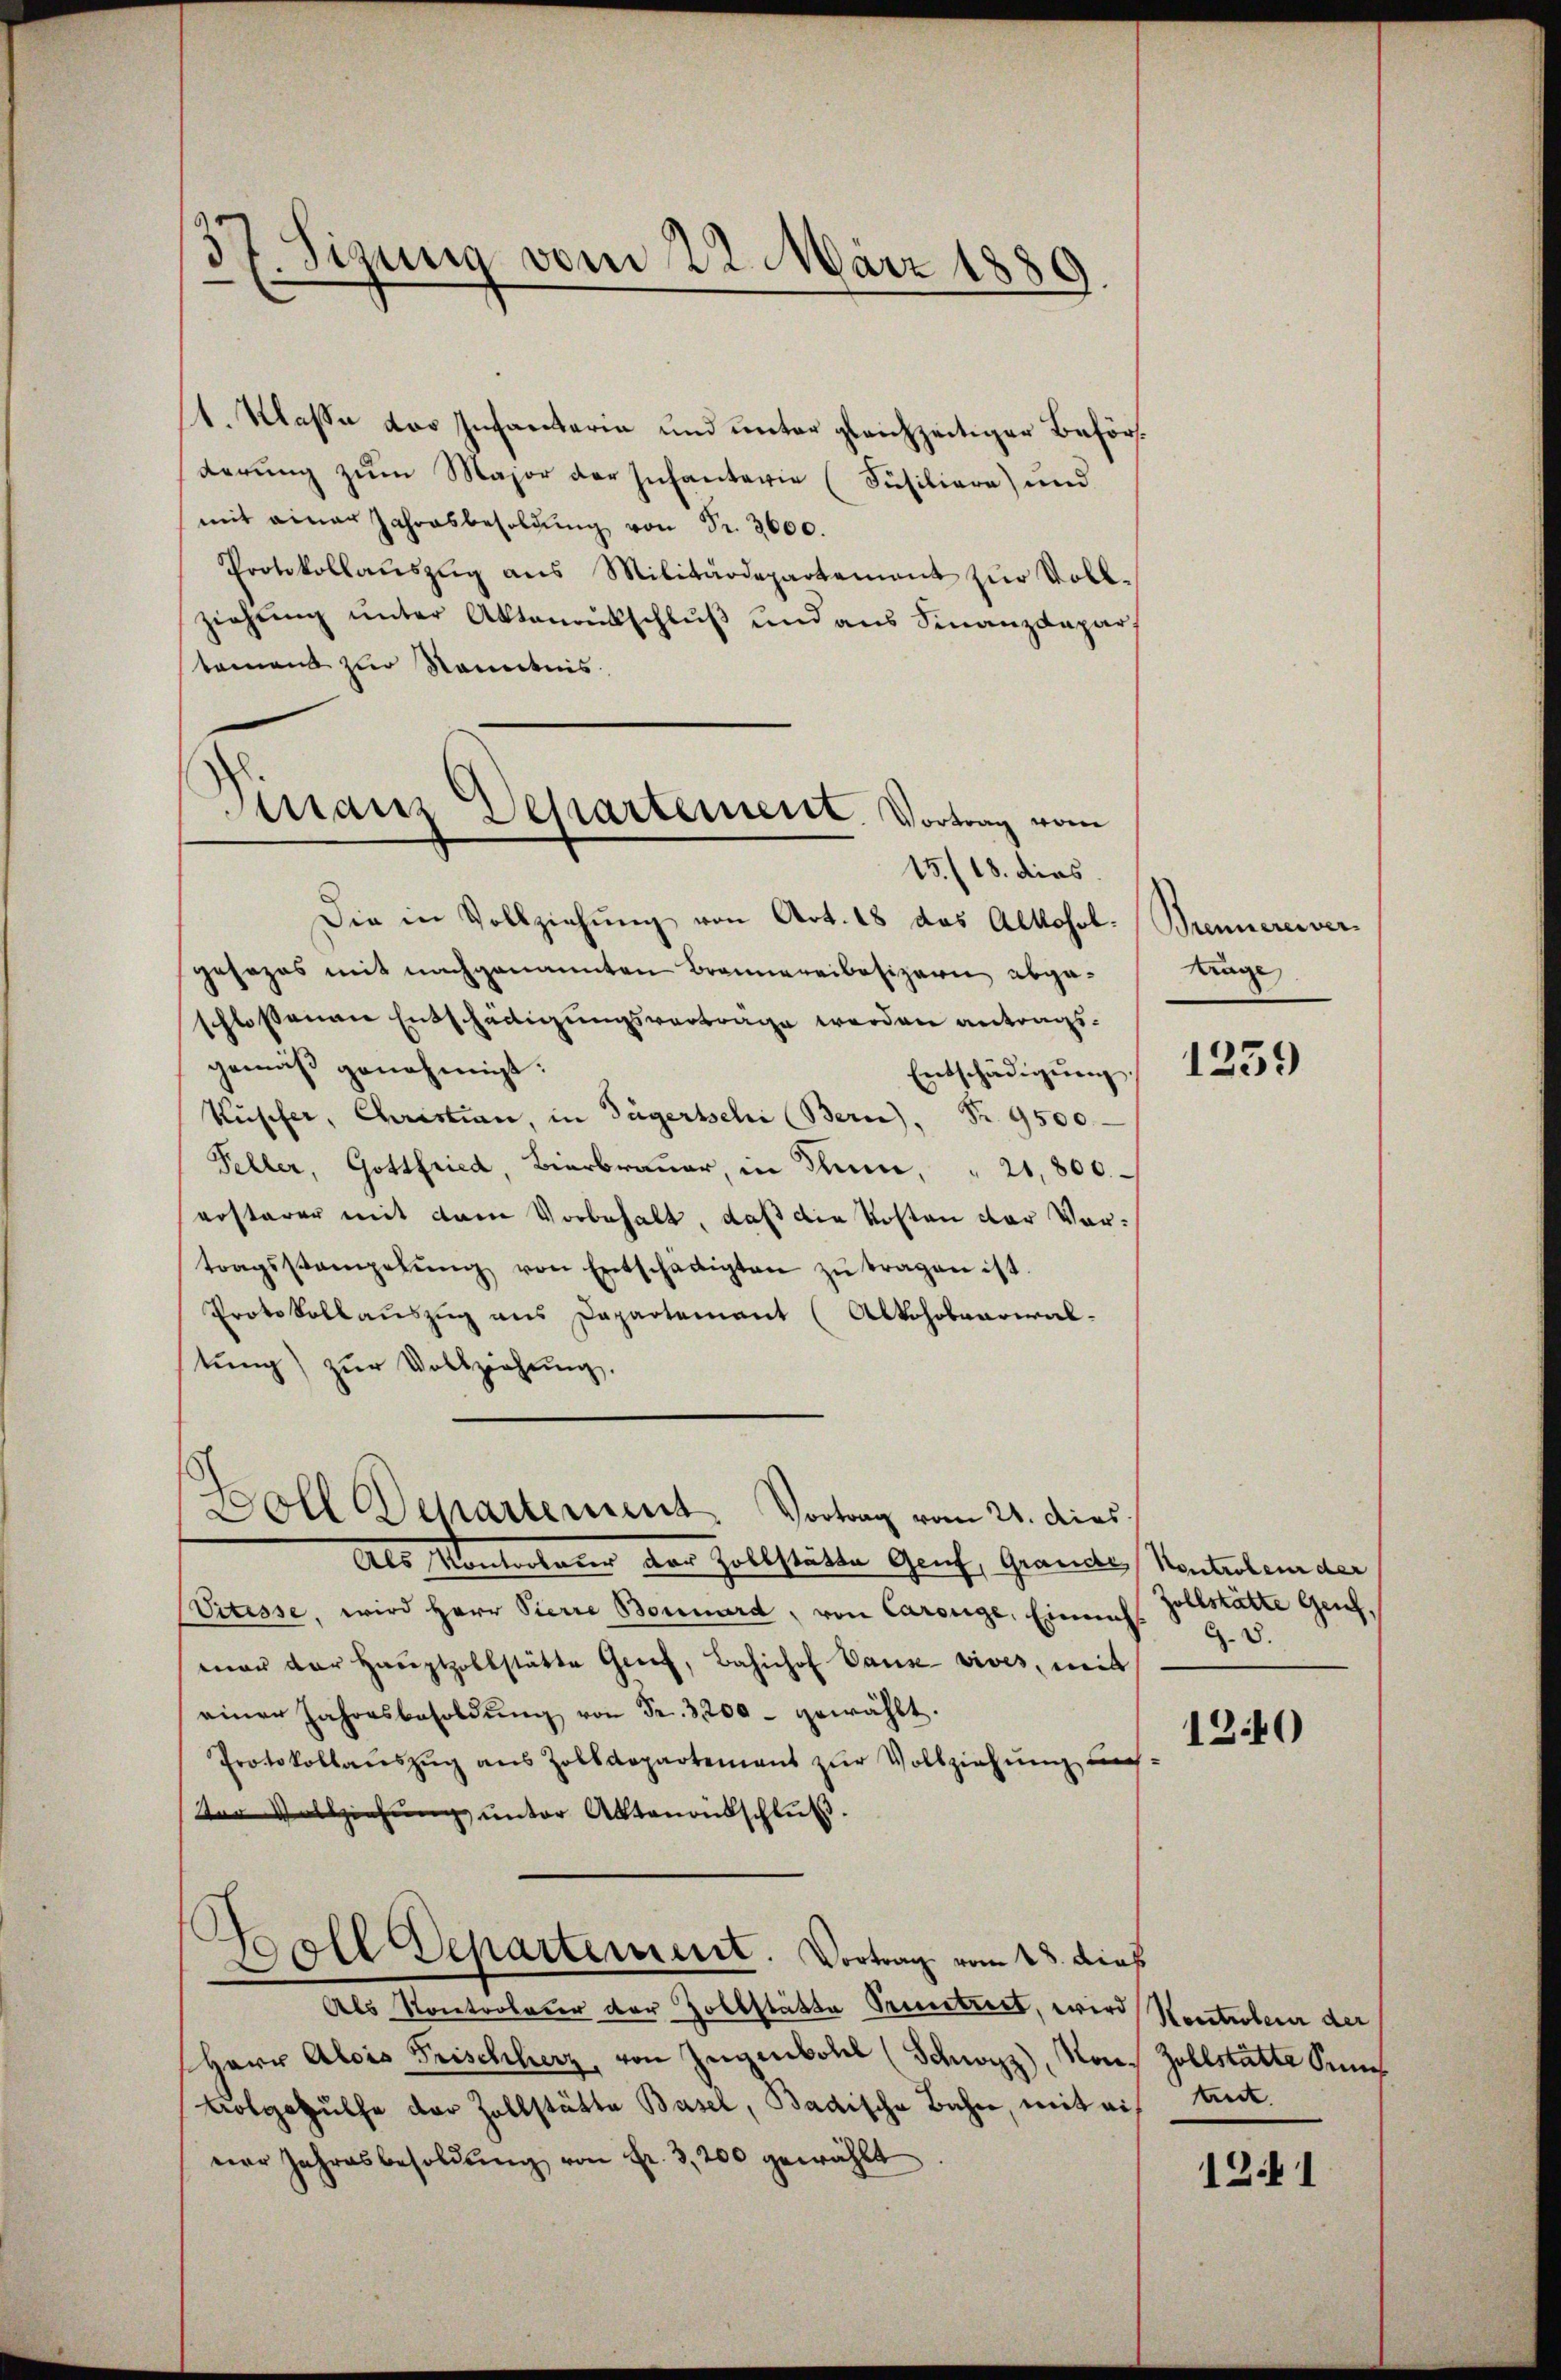
.
37. Sizung vom 22. März 1889
—

st. Kassa das Infantaria und unter gleichzeitiger Beförderung zum Major der Infantarie (Füsiliere) und
mit einer Jahresbesoldŭng von Fr. 3600.
Protokollaŭszŭg ans Militärdepartement zŭr Voll-
ziehung unter Aktenrütschluß und aus Finanzdepar
tement zur Kenntnis
Die in Vollziehung von Art. 18 das Alkohol.
gesezes mit nachgenannten Brannereibesizerin abgeschlossenen Entscheiligungsvertrage werden antragsgemäß genehmigt:
Entschädigŭng
Küsifer, Christian, in Tägertschi (Bern), Nr. 9500.
Peller, Gottfried Bierbraŭer, in Thun, " 21,800
erstarer mit dem Vorbehalt, daß die Kosten der Vortragsstampelŭng von Entschädigten zŭ tragen ist.
Protokollauszug aus Departement (Alkohobvarial-
tŭng zŭr Vollziehung.
Boll Departement. Vortrag vom 21. dies
Als Kontrolarer der Zollstätte Genf, Grande Kontrolen der
Vitisse, wird Herr Pierre Bornard, von Carouge, Einnah
mar der Haŭptzollstätte Greif, Bahnhof Pause vives, mit
einer Jahresbesoldŭng von Fr. 3200 - gewählt.
Protokollauszug aus Zolldepartement zur Vollziehung aus-
(der Vollziehŭng ŭnter Aktenantschluß.
G
Boll Departement. Vortrag vom 23. dieß
Als Kontrolarer der Zollstätte Pruntreet, wird Kontroleur der
Herr Alois Frischherz, von Zügenbohl (Schwyzz), von Zollstatte Sum¬
Bolgehülfe der Zollstätte Basel, Badische Bahn, mit ein tit.
ner Jahresbesoldŭng von Fr. 3,200 gewählt

Vissans Departement. Vortrag vom
15./18. dies

Brennereiver
Krage

1259

Zollstätte Genf,
G. 8.

12.40

1241